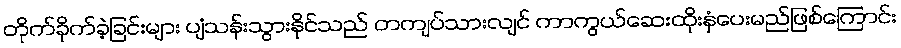
တိုက်ခိုက်ခဲ့ခြင်းများ ပျံသန်းသွားနိုင်သည် တကျပ်သားလျင် ကာကွယ်ဆေးထိုးနှံပေးမည်ဖြစ်ကြောင်း